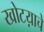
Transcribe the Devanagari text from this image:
खोटय़ाचे